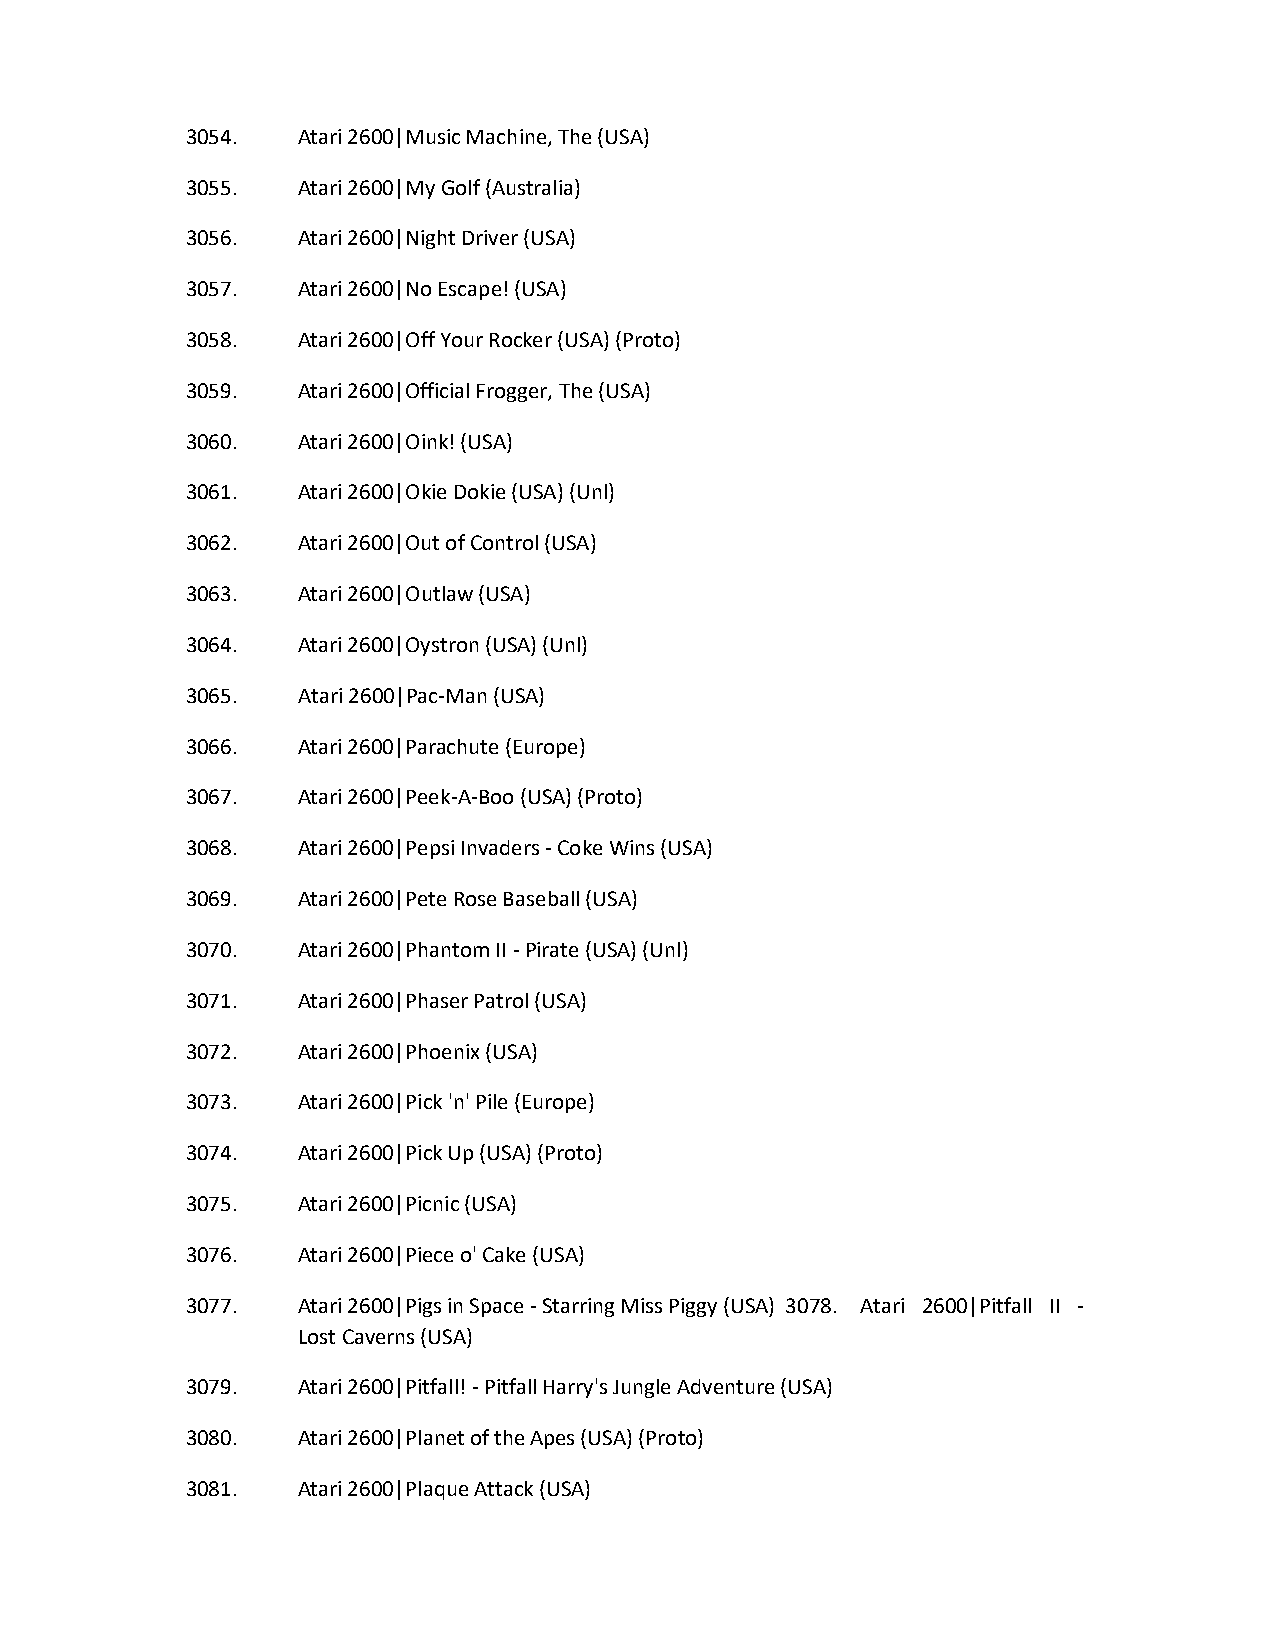
3054.   Atari 2600|Music Machine, The (USA)
 3055.   Atari 2600|My Golf (Australia)
 3056.   Atari 2600|Night Driver (USA)
 3057.   Atari 2600|No Escape! (USA)
 3058.   Atari 2600|Off Your Rocker (USA) (Proto)
 3059.   Atari 2600|Official Frogger, The (USA)
 3060.   Atari 2600|Oink! (USA)
 3061.   Atari 2600|Okie Dokie (USA) (Unl)
 3062.   Atari 2600|Out of Control (USA)
 3063.   Atari 2600|Outlaw (USA)
 3064.   Atari 2600|Oystron (USA) (Unl)
 3065.   Atari 2600|Pac-Man (USA)
 3066.   Atari 2600|Parachute (Europe)
 3067.   Atari 2600|Peek-A-Boo (USA) (Proto)
 3068.   Atari 2600|Pepsi Invaders - Coke Wins (USA)
 3069.   Atari 2600|Pete Rose Baseball (USA)
 3070.   Atari 2600|Phantom II - Pirate (USA) (Unl)
 3071.   Atari 2600|Phaser Patrol (USA)
 3072.   Atari 2600|Phoenix (USA)
 3073.   Atari 2600|Pick 'n' Pile (Europe)
 3074.   Atari 2600|Pick Up (USA) (Proto)
 3075.   Atari 2600|Picnic (USA)
 3076.   Atari 2600|Piece o' Cake (USA)
 3077.   Atari 2600|Pigs in Space - Starring Miss Piggy (USA) 3078. Atari 2600|Pitfall II -
 Lost Caverns (USA)
 3079.   Atari 2600|Pitfall! - Pitfall Harry's Jungle Adventure (USA)
 3080.   Atari 2600|Planet of the Apes (USA) (Proto)
 3081.   Atari 2600|Plaque Attack (USA)